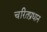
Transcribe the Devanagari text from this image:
चरितप्रधान